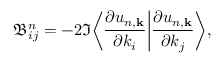
\mathfrak { B } _ { i j } ^ { n } = - 2 \Im \bigg \langle \frac { \partial u _ { n , \mathbf { k } } } { \partial k _ { i } } \bigg | \frac { \partial u _ { n , \mathbf { k } } } { \partial k _ { j } } \bigg \rangle ,